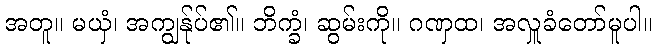
အတူ။ မယှံ၊ အကျွန်ုပ်၏။ ဘိက္ခံ၊ ဆွမ်းကို။ ဂဏှထ၊ အလှူခံတော်မူပါ။